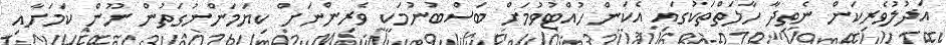
އަދުލުވެރިކަން ނެތިދާ ހާލަތްތަކުގައި އެކަން ހުއްޓުވުމަށް ބަސްބުނުމަކީ ވެރިންނަށް ކިޔަމަންނުގަތުން ނޫން ކަމަށާއި